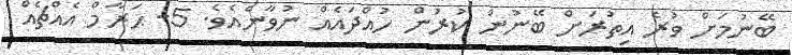
ބޭނުމަށް ވުރެ އިތުރަށް ބޭނުން ކުރުން ހުއްދައެއް ނުވާނެއެވެ. 5- ޙަރާމް އެއްޗެއް